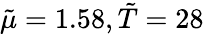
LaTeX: \tilde{\mu}=1.58,\tilde{T}=28